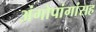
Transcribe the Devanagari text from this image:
अंगोपांगांसह